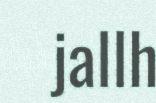
jallh